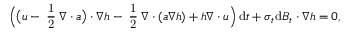
\Big ( \big ( \boldsymbol { u } - \mathrm { \scriptsize ~ \frac { 1 } { 2 } ~ } \boldsymbol { \nabla } \boldsymbol { \cdot } \boldsymbol { a } \big ) \boldsymbol { \cdot } \boldsymbol { \nabla } h - \mathrm { \scriptsize ~ \frac { 1 } { 2 } ~ } \boldsymbol { \nabla } \boldsymbol { \cdot } ( \boldsymbol { a } \boldsymbol { \nabla } h ) + h \boldsymbol { \nabla } \boldsymbol { \cdot } \boldsymbol { u } \Big ) \, \mathrm { d } t + \boldsymbol { \sigma } _ { t } \mathrm { d } \boldsymbol { B } _ { t } \boldsymbol { \cdot } \boldsymbol { \nabla } h = 0 ,